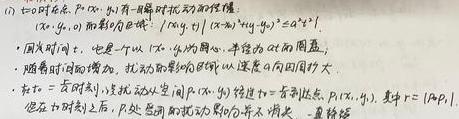
(1) $t = 0$ 时在点 $P(x_0,y_0)$ 有一自瞬时扰动的初值:
   - 因 $(x - x_0)^2+(y - y_0)^2=a^2t^2$.
   - 因此 $t$ 时刻, 它是以 $P(x_0,y_0)$ 为圆心, 半径为 $at$ 的圆盘.
   - 随着时间增加, 扰动的影响区域还是以 $P$ 为圆心扩大.
   - 若 $t = t_0$ 时刻之后, 扰动从空间 $(x_0,y_0)$ 传导至一点 $P(x,y)$, 称 $r = |AP|$.
   - 但在 $t$ 时刻 $t_1$, $P$ 处仅在扰动的影响下, 而不是 $P$ 点初始扰动.